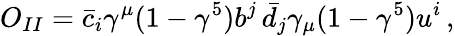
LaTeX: O_{II}=\bar{c}_{i}\gamma^{\mu}(1-\gamma^{5})b^{j}\, \bar{d}_{j}\gamma_{\mu}(1-\gamma^{5})u^{i}\, ,